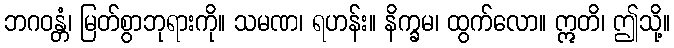
ဘဂဝန္တံ၊ မြတ်စွာဘုရားကို။ သမဏ၊ ရဟန်း။ နိက္ခမ၊ ထွက်လော။ ဣတိ၊ ဤသို့။